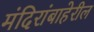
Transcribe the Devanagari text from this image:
मंदिरांबाहेरील